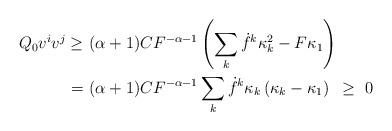
LaTeX: \begin{align*}Q_0v^iv^j\geq &~ (\alpha+1)CF^{-\alpha-1}\left(\sum_k\dot{f}^k\kappa_k^2-F\kappa_1\right)\\=&~ (\alpha+1)CF^{-\alpha-1}\sum_k\dot{f}^k\kappa_k\left(\kappa_k-\kappa_1\right)~\geq~0\end{align*}